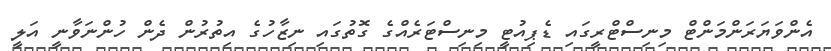
އެންވަޔަރަންމަންޓް މިނިސްޓްރީގައި ޑެޕިއުޓީ މިނިސްޓަރެއްގެ ގޮތުގައި ނިޒާހުގެ އިތުރުން ދެން ހުންނަވާނީ އަލީ